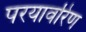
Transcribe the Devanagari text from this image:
परयावरिण